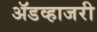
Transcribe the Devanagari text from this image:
ॲडव्हाजरी